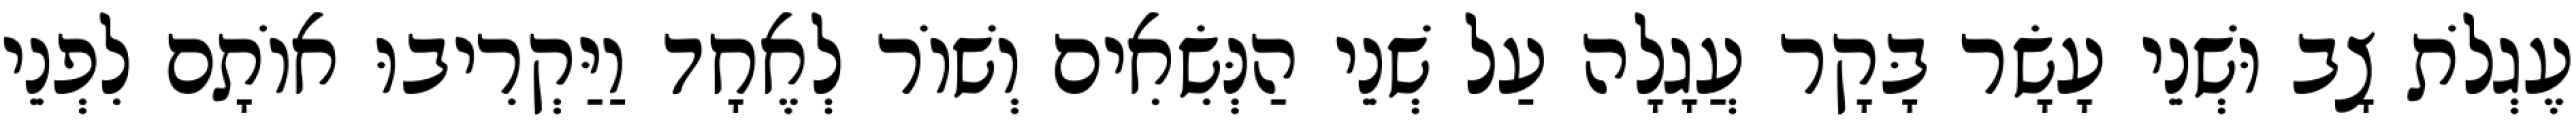
עֶגְלֹת צָב וּשְׁנֵי עָשָׂר בָּקָר עֲגָלָה עַל שְׁנֵי הַנְּשִׂאִים וְשׁוֹר לְאֶחָד וַיַּקְרִיבוּ אוֹתָם לִפְנֵי